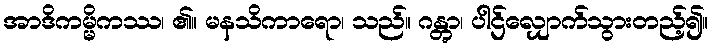
အာဒိကမ္မိကဿ၊ ၏။ မနသိကာရော၊ သည်။ ဂန္တွာ၊ ပါဌ်လျှောက်သွားတည့်၍။